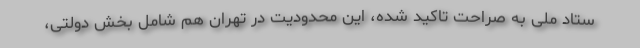
ستاد ملی به صراحت تاکید شده، این محدودیت در تهران هم شامل بخش دولتی،